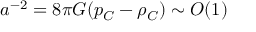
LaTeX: a ^ { - 2 } = 8 \pi G ( p _ { C } - \rho _ { C } ) \sim O ( 1 )